Indian journal of veterinary science and animal husbandry - Volume 1,
Year: 1931
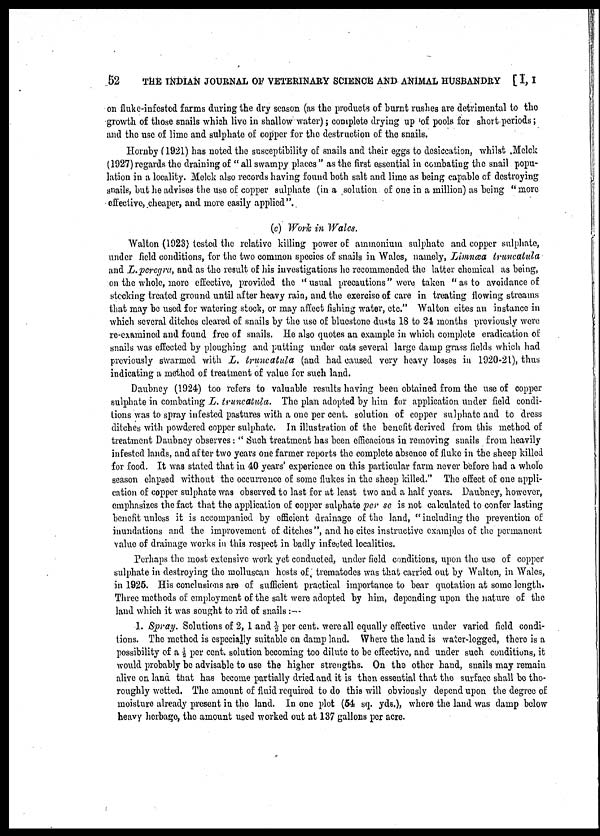
52 THE INDIAN JOURNAL OF VETERINARY SCIENCE AND ANIMAL HUSBANDRY [ I, I
on fluke-infested farms during the dry season (as the products of burnt rushes are detrimental to the
growth of those snails which live in shallow water) ; complete drying up of pools for short periods ;
and the use of lime and sulphate of copper for the destruction of the snails.
Hornby (1921) has noted the susceptibility of snails and their eggs to desiccation, whilst Melek
(1927) regards the draining of " all swampy places " as the first essential in combating the snail popu-
lation in a locality. Melek also records having found both salt and lime as being capable of destroying
snails, but he advises the use of copper sulphate (in a solution of one in a million) as being "more
effective, cheaper, and more easily applied".
(c) Work in Wales.
Walton (1923) tested the relative killing power of ammonium sulphate and copper sulphate,
under field conditions, for the two common species of snails in Wales, namely, Limnæa truncatula
and L.peregra, and as the result of his investigations he recommended the latter chemical as being,
on the whole, more effective, provided the "usual precautions" were taken " as to avoidance of
stocking treated ground until after heavy rain, and the exercise of care in treating flowing streams
that may be used for watering stock, or may affect fishing water, etc." Walton cites an instance in
which several ditches cleared of snails by the use of bluestone dusts 18 to 24 months previously were
re-examined and found free of snails. He also quotes an example in which complete eradication of
snails was effected by ploughing and putting under oats several large damp grass fields which had
previously swarmed with L. truncatula (and had caused very heavy losses in 1920-21), thus
indicating a method of treatment of value for such land.
Daubney (1924) too refers to valuable results having been obtained from the use of copper
sulphate in combating L. truncatula. The plan adopted by him for application under field condi-
tions was to spray infested pastures with a one per cent. solution of copper sulphate and to dress
ditches with powdered copper sulphate. In illustration of the benefit derived from this method of
treatment Daubney observes : " Such treatment has been efficacious in removing snails from heavily
infested lands, and after two years one farmer reports the complete absence of fluke in the sheep killed
for food. It was stated that in 40 years' experience on this particular farm never before had a whole
season elapsed without the occurrence of some flukes in the sheep killed." The effect of one appli-
cation of copper sulphate was observed to last for at least two and a half years. Daubney, however,
emphasizes the fact that the application of copper sulphate per se is not calculated to confer lasting
benefit unless it is accompanied by efficient drainage of the land, " including the prevention of
inundations and the improvement of ditches ", and he cites instructive examples of the permanent
value of drainage works in this respect in badly infected localities.
Perhaps the most extensive work yet conducted, under field conditions, upon the use of copper
sulphate in destroying the molluscan hosts of trematodes was that carried out by Walton, in Wales,
in 1925. His conclusions are of sufficient practical importance to bear quotation at some length.
Three methods of employment of the salt were adopted by him, depending upon the nature of the
land which it was sought to rid of snails :—
1. Spray. Solutions of 2, 1 and ½ per cent. were all equally effective under varied field condi-
tions. The method is especially suitable on damp land. Where the land is water-logged, there is a
possibility of a ½ per cent. solution becoming too dilute to be effective, and under such conditions, it
would probably be advisable to use the higher strengths. On the other hand, snails may remain
alive on land that has become partially dried and it is then essential that the surface shall be tho-
roughly wetted. The amount of fluid required to do this will obviously depend upon the degree of
moisture already present in the land. In one plot (54 sq. yds.), where the land was damp below
heavy herbage, the amount used worked out at 137 gallons per acre.